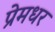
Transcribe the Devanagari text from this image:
प्रेमधर